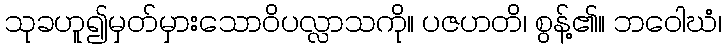
သုခဟူ၍မှတ်မှားသောဝိပလ္လာသကို။ ပဇဟတိ၊ စွန့်၏။ ဘဝေါဃံ၊